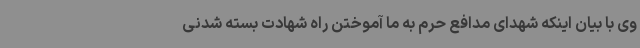
وی با بیان اینکه شهدای مدافع حرم به ما آموختن راه شهادت بسته شدنی